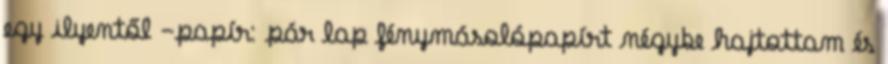
egy ilyentől -papír: pár lap fénymásolópapírt négybe hajtottam és